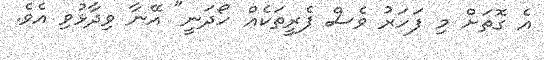
އެ ގޮތަށް މި ފަހަރު ވެސް ފެރީތަކެއް ހޯދަނީ" އޭނާ ވިދާޅުވި އެވެ.